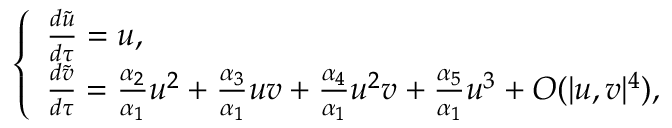
\left\{ \begin{array} { l l } { \frac { d \widetilde { u } } { d \tau } = u , } \\ { \frac { d \widetilde { v } } { d \tau } = \frac { \alpha _ { 2 } } { \alpha _ { 1 } } u ^ { 2 } + \frac { \alpha _ { 3 } } { \alpha _ { 1 } } u v + \frac { \alpha _ { 4 } } { \alpha _ { 1 } } u ^ { 2 } v + \frac { \alpha _ { 5 } } { \alpha _ { 1 } } u ^ { 3 } + O ( { | u , v | ^ { 4 } } ) , } \end{array} \right.